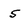
Character: 5